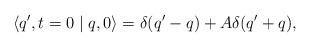
\begin{align*} \langle q',t=0\mid q,0 \rangle = \delta (q'-q)+A\delta(q'+q),\end{align*}